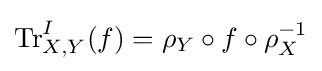
\mathrm {Tr} _{X,Y}^{I}(f)=\rho _{Y}\circ f\circ \rho _{X}^{-1}